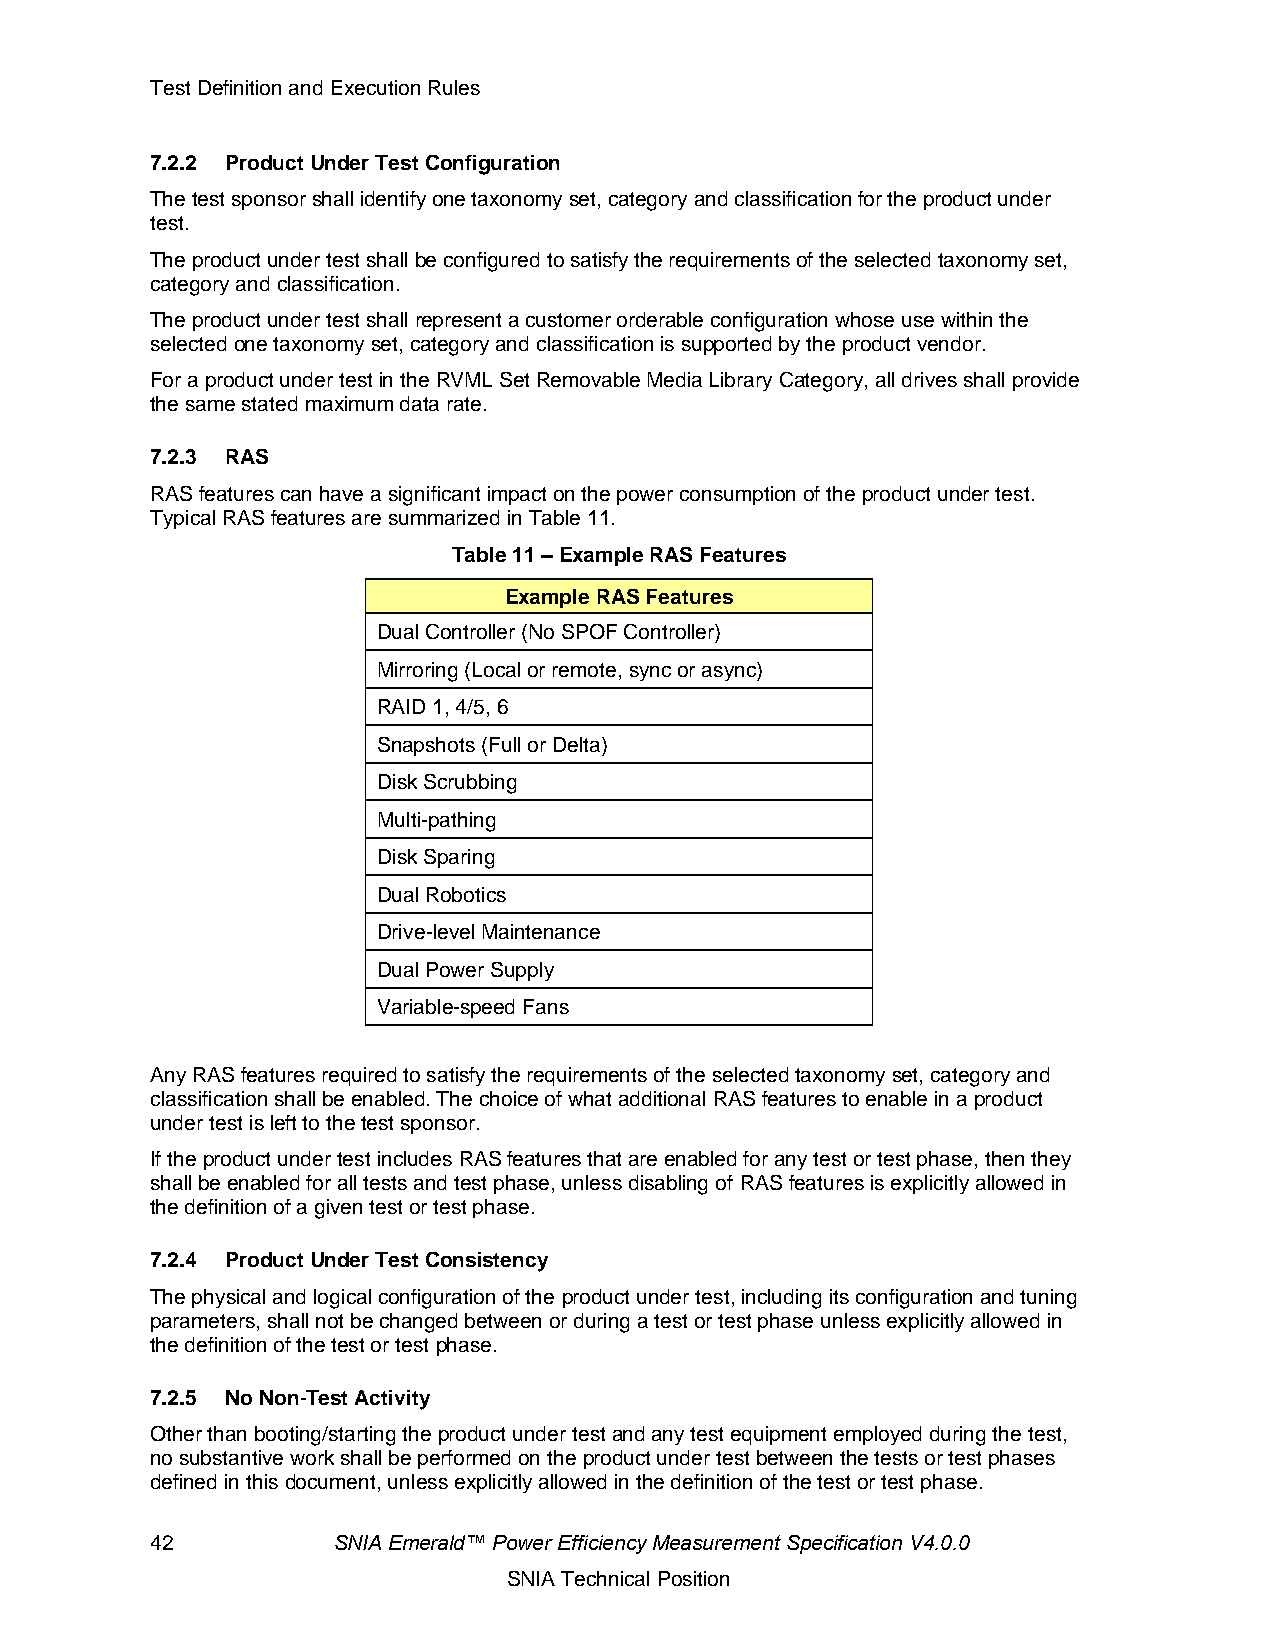
Test Definition and Execution Rules
 7.2.2 Product Under Test Configuration
 The test sponsor shall identify one taxonomy set, category and classification for the product under
 test.
 The product under test shall be configured to satisfy the requirements of the selected taxonomy set,
 category and classification.
 The product under test shall represent a customer orderable configuration whose use within the
 selected one taxonomy set, category and classification is supported by the product vendor.
 For a product under test in the RVML Set Removable Media Library Category, all drives shall provide
 the same stated maximum data rate.
 7.2.3 RAS
 RAS features can have a significant impact on the power consumption of the product under test.
 Typical RAS features are summarized in Table 11.
 Table 11 – Example RAS Features
 Example RAS Features
 Dual Controller (No SPOF Controller)
 Mirroring (Local or remote, sync or async)
 RAID 1, 4/5, 6
 Snapshots (Full or Delta)
 Disk Scrubbing
 Multi-pathing
 Disk Sparing
 Dual Robotics
 Drive-level Maintenance
 Dual Power Supply
 Variable-speed Fans
 Any RAS features required to satisfy the requirements of the selected taxonomy set, category and
 classification shall be enabled. The choice of what additional RAS features to enable in a product
 under test is left to the test sponsor.
 If the product under test includes RAS features that are enabled for any test or test phase, then they
 shall be enabled for all tests and test phase, unless disabling of RAS features is explicitly allowed in
 the definition of a given test or test phase.
 7.2.4 Product Under Test Consistency
 The physical and logical configuration of the product under test, including its configuration and tuning
 parameters, shall not be changed between or during a test or test phase unless explicitly allowed in
 the definition of the test or test phase.
 7.2.5 No Non-Test Activity
 Other than booting/starting the product under test and any test equipment employed during the test,
 no substantive work shall be performed on the product under test between the tests or test phases
 defined in this document, unless explicitly allowed in the definition of the test or test phase.
 42          SNIA Emerald™ Power Efficiency Measurement Specification V4.0.0
 SNIA Technical Position